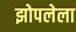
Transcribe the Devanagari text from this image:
झोपलेला